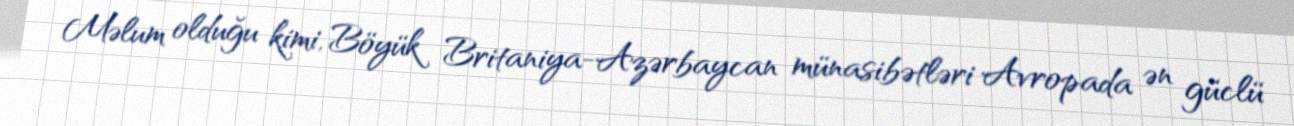
Məlum olduğu kimi, Böyük Britaniya-Azərbaycan münasibətləri Avropada ən güclü